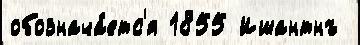
обознача́етс'я 1855 Ишантнъ